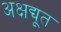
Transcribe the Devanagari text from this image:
अक्षद्यूत